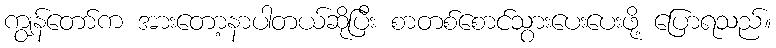
ကျွန်တော်က အားတော့နာပါတယ်ဆိုပြီး စာတစ်စောင်သွားပေးပေးဖို့ ပြောရသည်။